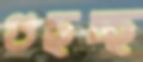
গুছচ্ছ